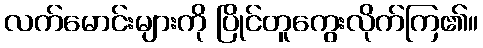
လက်မောင်းများကို ပြိုင်တူကွေးလိုက်ကြ၏။